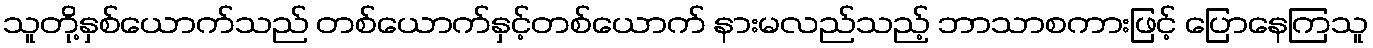
သူတို့နှစ်ယောက်သည် တစ်ယောက်နှင့်တစ်ယောက် နားမလည်သည့် ဘာသာစကားဖြင့် ပြောနေကြသူ